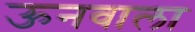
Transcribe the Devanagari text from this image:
ऊनवाला